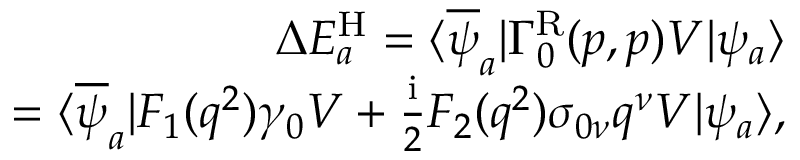
\begin{array} { r } { \Delta E _ { a } ^ { \mathrm { H } } = \langle \overline { { \psi } } _ { a } | \Gamma _ { 0 } ^ { \mathrm { R } } ( p , p ) V | \psi _ { a } \rangle } \\ { = \langle \overline { { \psi } } _ { a } | F _ { 1 } ( q ^ { 2 } ) \gamma _ { 0 } V + \frac { \mathrm { i } } { 2 } F _ { 2 } ( q ^ { 2 } ) \sigma _ { 0 \nu } q ^ { \nu } V | \psi _ { a } \rangle , } \end{array}